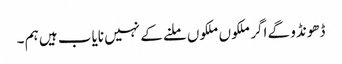
ڈھونڈو گے اگر ملکوں ملکوں ملنے کے نہیں نایاب ہیں ہم ۔